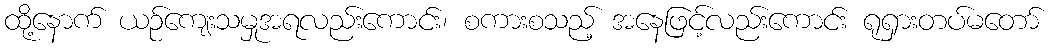
ထို့နောက် ယဉ်ကျေးသမှုအရလည်းကောင်း၊ စကားစသည့် အနေဖြင့်လည်းကောင်း ရုရှားတပ်မတော်